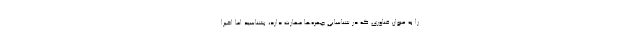
را به عنوان فناوری که در شناسایی چهره‌ها مهارت دارد، بشناسید اما اخیرا